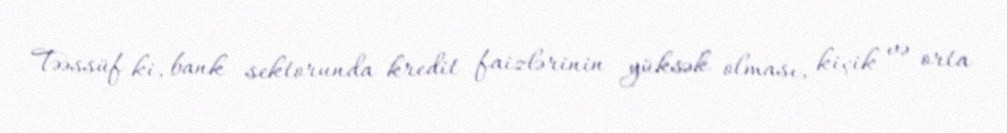
Təəssüf ki, bank sektorunda kredit faizlərinin yüksək olması, kiçik və orta